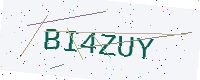
Text: BI4ZUY